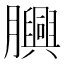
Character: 𦢯